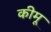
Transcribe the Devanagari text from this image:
कीमू